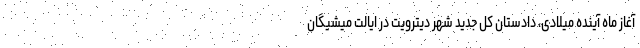
آغاز ماه آینده میلادی، دادستان کل جدید شهر دیترویت در ایالت میشیگان